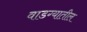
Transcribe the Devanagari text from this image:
वाडग्यातील